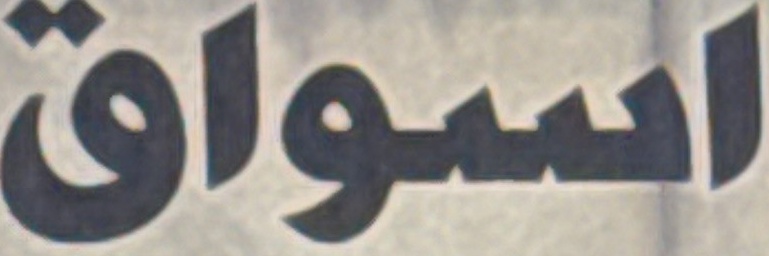
اسواق